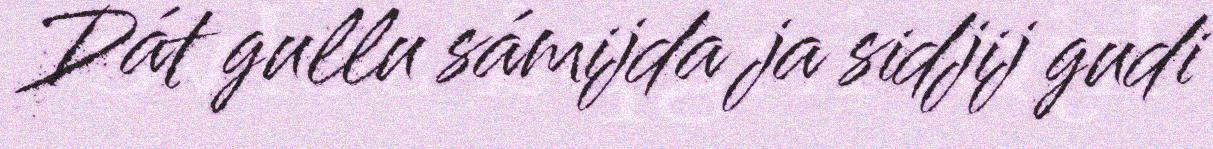
Dát gullu sámijda ja sidjij gudi